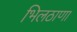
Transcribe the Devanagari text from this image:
भिलठाणा